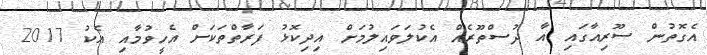
އެގޮތުން ސޫރިއާގައި އާ ދުސްތޫރެއް އެކުލަވައިލުމަށް އިދިކޮޅު ފަރާތްތަކަށް އެހީވުމާއި އެކު 2017